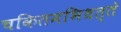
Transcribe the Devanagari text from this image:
चकितमभिधत्ते